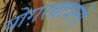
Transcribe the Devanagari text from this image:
योगरत्नावली